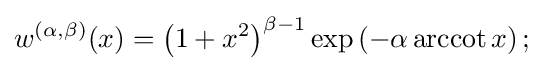
w^{(\alpha ,\beta )}(x)=\left(1+x^{2}\right)^{\beta -1}\exp \left(-\alpha \operatorname {arccot} x\right);